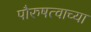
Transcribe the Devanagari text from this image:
पौरुषत्वाच्या